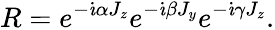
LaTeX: R=e^{-\dot{\imath}\alpha J_{z}}e^{-\dot{\imath}\beta J_{y}}e^{-\dot{\imath}\gamma J_{z}}.